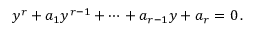
y ^ { r } + a _ { 1 } y ^ { r - 1 } + \cdots + a _ { r - 1 } y + a _ { r } = 0 \, .